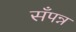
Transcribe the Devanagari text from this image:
सँपन्न